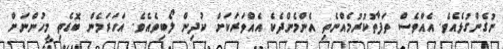
ނުގެންގުޅެއެވެ. އެއްވެސް ތަފާތުކުރުމެއްނެތި އެންމެންދެކެ އެއްވަރަކަށް ކުދިން ލޯބިވެއެވެ. އަހަރަމެން ބޮޑެތި މީހުންނަށް